Annual report of the Punjab Veterinary College and of the Civil Veterinary Department, Punjab - 1894-1908
Year: 1894
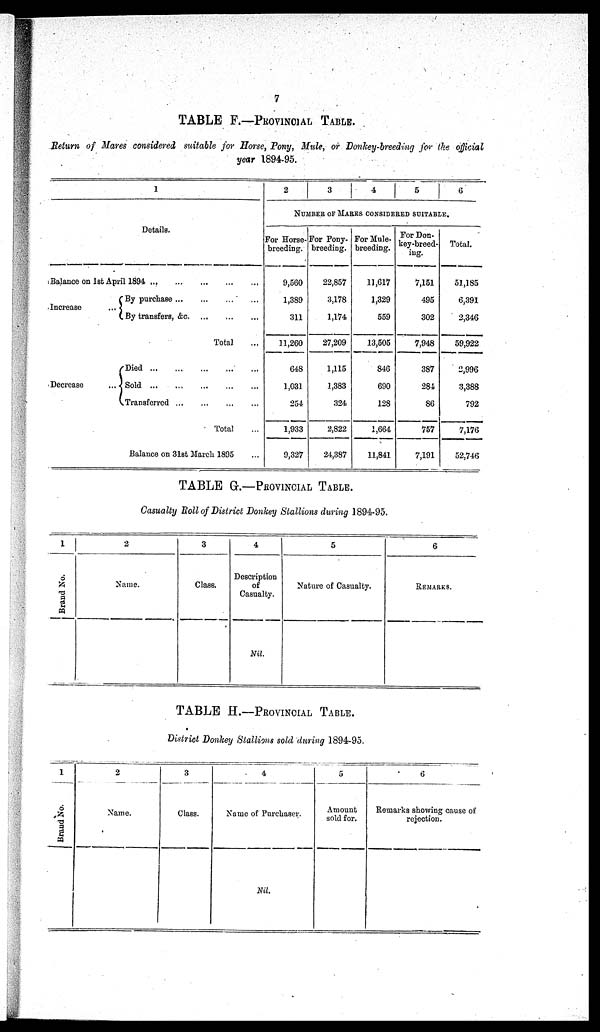
7
TABLE F.—PROVINCIAL TABLE.
Return of Mares considered suitable for Horse, Pony, Mule, or Donkey-breeding for the official
year 1894-95.
1
Details.
Balance on 1st April 1894
...
...
...
...
...
Increase
...
By purchase
...
...
...
...
By transfers, &c
...
...
...
Total ...
Decrease
...
Died
...
...
...
...
Sold
...
...
...
...
...
Transferred
...
...
...
...
Total ...
Balance on 31st March 1895 ...
2
3 4 5
6
NUMBER OF MARES CONSIDERED SUITABLE .
For Horse-
breeding.
9,560
1,389
311
11,260
648
1,031
254
1,933
9,327
For Pony-
breeding.
22,857
3,178
1,174
27,209
1,115
1,383
324
2,822
24,387
For Mule-
breeding.
11,617
1,329
559
13,505
846
690
128
1,664
11,841
For Don-
key-breed-
ing.
7,151
495
302
7,948
387
284
86
757
7,191
Total.
51,185
6,391
2,346
59,922
2,996
3,388
792
7,176
52,746
TABLE G.—PROVINCIAL TABLE.
Casualty Boll of District Donkey Stallions during 1894-95.
1
Brand No.
2
Name.
3
Class.
4
Description
of
Casualty.
Nil.
5
Nature of Casualty.
6
REMARKS.
TABLE H.—PROVINCIAL TABLE.
District Donkey Stallions sold during 1894-95.
1
Brand No.
2
Name.
3
Class.
4
Name of Purchaser.
Nil.
5
Amount
sold for.
6
Remarks showing cause of
rejection.